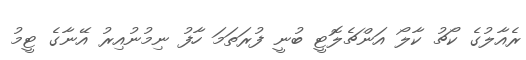
ރެއާލުގެ ކޯޗު ކާލޯ އަންޗެލޮޓީ ބުނީ ފުރަތަމަ ހާފު ނިމުނުއިރު އޭނާގެ ޓީމު